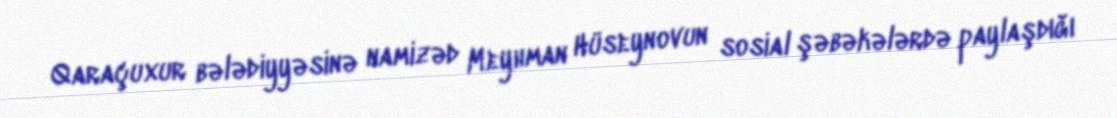
Qaraçuxur bələdiyyəsinə namizəd Meyhman Hüseynovun sosial şəbəkələrdə paylaşdığı